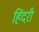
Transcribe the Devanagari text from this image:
हिंदरी